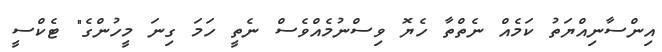
އިންސާނިއްޔަތު ކަމެއް ނެތްތާ ހެޔޮ ވިސްނުމެއްވެސް ނެތީ ހަމަ ގިނަ މީހުންގެ" ޓެކްސީ